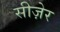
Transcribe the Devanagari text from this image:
सीज़ेर